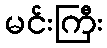
မင်းကြီး